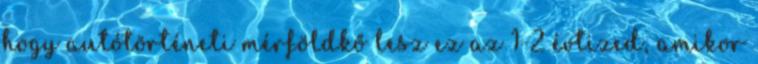
hogy autótörténeti mérföldkő lesz ez az 1-2 évtized, amikor